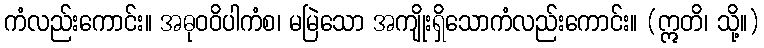
ကံလည်းကောင်း။ အဓုဝဝိပါကံစ၊ မမြဲသော အကျိုးရှိသောကံလည်းကောင်း။ (ဣတိ၊ သို့။)